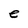
Character: e